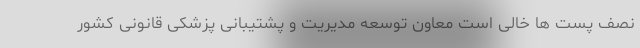
نصف پست ها خالی است معاون توسعه مدیریت و پشتیبانی پزشکی قانونی کشور